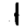
Digit: 1